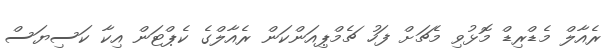
ރެއާލް މެޑްރިޑް މޮޅުވި މެޗަށް ފަހު ޗެމްޕިއަންކަން ރެއާލްގެ ކެޕްޓަން އިކާ ކަސިޔަސް